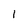
Character: l